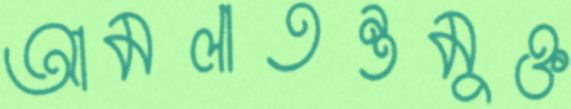
আমলাতন্ত্রমুক্ত